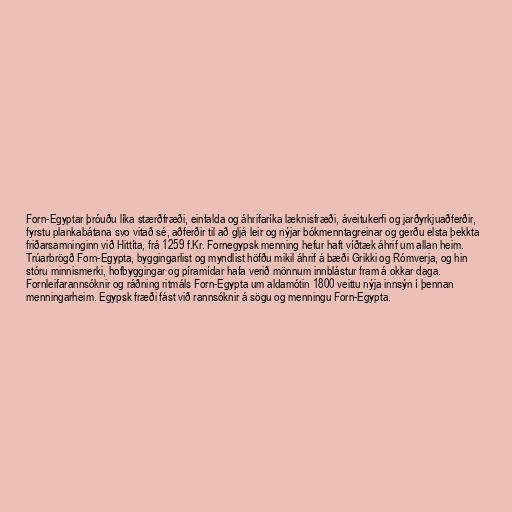
Forn-Egyptar þróuðu líka stærðfræði, einfalda og áhrifaríka læknisfræði, áveitukerfi og jarðyrkjuaðferðir,
fyrstu plankabátana svo vitað sé, aðferðir til að gljá leir og nýjar bókmenntagreinar og gerðu elsta þekkta
friðarsamninginn við Hittíta, frá 1259 f.Kr. Fornegypsk menning hefur haft víðtæk áhrif um allan heim.
Trúarbrögð Forn-Egypta, byggingarlist og myndlist höfðu mikil áhrif á bæði Grikki og Rómverja, og hin
stóru minnismerki, hofbyggingar og píramídar hafa verið mönnum innblástur fram á okkar daga.
Fornleifarannsóknir og ráðning ritmáls Forn-Egypta um aldamótin 1800 veittu nýja innsýn í þennan
menningarheim. Egypsk fræði fást við rannsóknir á sögu og menningu Forn-Egypta.